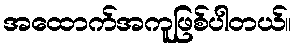
အထောက်အကူဖြစ်ပါတယ်။